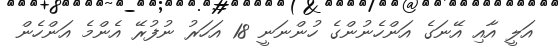
އަލީ އާއި އޭނަގެ އަންހެނުންގެ ހުންނަނީ 18 އަހަރު ނުފުރޭ އެންމެ އަންހެން